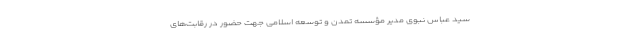
سید عباس نبوی مدیر مؤسسه تمدن و توسعه اسلامی جهت حضور در رقابت‌های